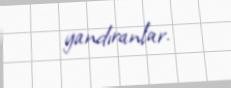
yandıranlar.